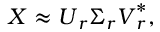
\boldsymbol { X } \approx \boldsymbol { U } _ { r } \boldsymbol { \Sigma } _ { r } \boldsymbol { V } _ { r } ^ { * } ,